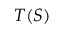
T ( S )